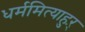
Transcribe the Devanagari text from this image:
धर्ममित्याहुऱ्